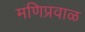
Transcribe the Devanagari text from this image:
मणिप्रवाळ